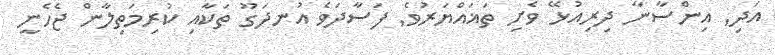
އަދި